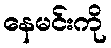
နေမင်းကို